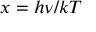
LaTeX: x = h \nu / k T